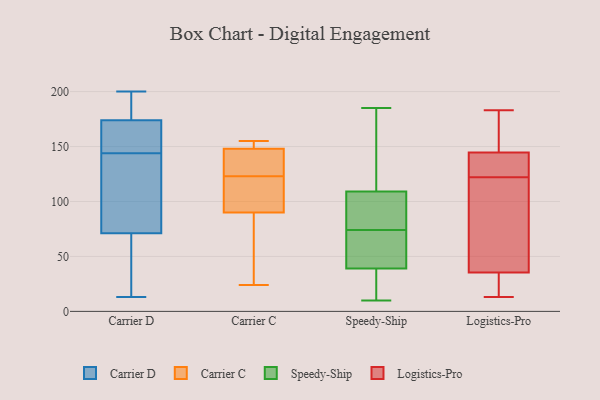
{"axis": {"x": "Market Share (%)", "y": "Value"}, "legend": ["Carrier C", "Carrier D", "Logistics-Pro", "Speedy-Ship"], "data": [{"x": "", "y": 174, "type": "Carrier D"}, {"x": "", "y": 13, "type": "Carrier D"}, {"x": "", "y": 174, "type": "Carrier D"}, {"x": "", "y": 166, "type": "Carrier D"}, {"x": "", "y": 193, "type": "Carrier D"}, {"x": "", "y": 63, "type": "Carrier D"}, {"x": "", "y": 49, "type": "Carrier D"}, {"x": "", "y": 174, "type": "Carrier D"}, {"x": "", "y": 57, "type": "Carrier D"}, {"x": "", "y": 137, "type": "Carrier D"}, {"x": "", "y": 144, "type": "Carrier D"}, {"x": "", "y": 95, "type": "Carrier D"}, {"x": "", "y": 115, "type": "Carrier D"}, {"x": "", "y": 23, "type": "Carrier D"}, {"x": "", "y": 127, "type": "Carrier D"}, {"x": "", "y": 184, "type": "Carrier D"}, {"x": "", "y": 182, "type": "Carrier D"}, {"x": "", "y": 200, "type": "Carrier D"}, {"x": "", "y": 166, "type": "Carrier D"}, {"x": "", "y": 139, "type": "Carrier C"}, {"x": "", "y": 145, "type": "Carrier C"}, {"x": "", "y": 91, "type": "Carrier C"}, {"x": "", "y": 28, "type": "Carrier C"}, {"x": "", "y": 24, "type": "Carrier C"}, {"x": "", "y": 148, "type": "Carrier C"}, {"x": "", "y": 155, "type": "Carrier C"}, {"x": "", "y": 90, "type": "Carrier C"}, {"x": "", "y": 107, "type": "Carrier C"}, {"x": "", "y": 152, "type": "Carrier C"}, {"x": "", "y": 36, "type": "Speedy-Ship"}, {"x": "", "y": 57, "type": "Speedy-Ship"}, {"x": "", "y": 143, "type": "Speedy-Ship"}, {"x": "", "y": 55, "type": "Speedy-Ship"}, {"x": "", "y": 39, "type": "Speedy-Ship"}, {"x": "", "y": 10, "type": "Speedy-Ship"}, {"x": "", "y": 171, "type": "Speedy-Ship"}, {"x": "", "y": 67, "type": "Speedy-Ship"}, {"x": "", "y": 30, "type": "Speedy-Ship"}, {"x": "", "y": 101, "type": "Speedy-Ship"}, {"x": "", "y": 165, "type": "Speedy-Ship"}, {"x": "", "y": 185, "type": "Speedy-Ship"}, {"x": "", "y": 80, "type": "Speedy-Ship"}, {"x": "", "y": 25, "type": "Speedy-Ship"}, {"x": "", "y": 78, "type": "Speedy-Ship"}, {"x": "", "y": 109, "type": "Speedy-Ship"}, {"x": "", "y": 70, "type": "Speedy-Ship"}, {"x": "", "y": 107, "type": "Speedy-Ship"}, {"x": "", "y": 15, "type": "Logistics-Pro"}, {"x": "", "y": 65, "type": "Logistics-Pro"}, {"x": "", "y": 20, "type": "Logistics-Pro"}, {"x": "", "y": 148, "type": "Logistics-Pro"}, {"x": "", "y": 13, "type": "Logistics-Pro"}, {"x": "", "y": 134, "type": "Logistics-Pro"}, {"x": "", "y": 175, "type": "Logistics-Pro"}, {"x": "", "y": 30, "type": "Logistics-Pro"}, {"x": "", "y": 130, "type": "Logistics-Pro"}, {"x": "", "y": 139, "type": "Logistics-Pro"}, {"x": "", "y": 183, "type": "Logistics-Pro"}, {"x": "", "y": 41, "type": "Logistics-Pro"}, {"x": "", "y": 88, "type": "Logistics-Pro"}, {"x": "", "y": 150, "type": "Logistics-Pro"}, {"x": "", "y": 114, "type": "Logistics-Pro"}, {"x": "", "y": 141, "type": "Logistics-Pro"}]}